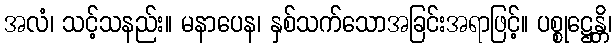
အလံ၊ သင့်သနည်း။ မနာပေန၊ နှစ်သက်သောအခြင်းအရာဖြင့်။ ပစ္စုဋ္ဌေန္တိ၊